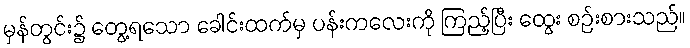
မှန်တွင်း၌ တွေ့ရသော ခေါင်းထက်မှ ပန်းကလေးကို ကြည့်ပြီး ထွေး စဉ်းစားသည်။